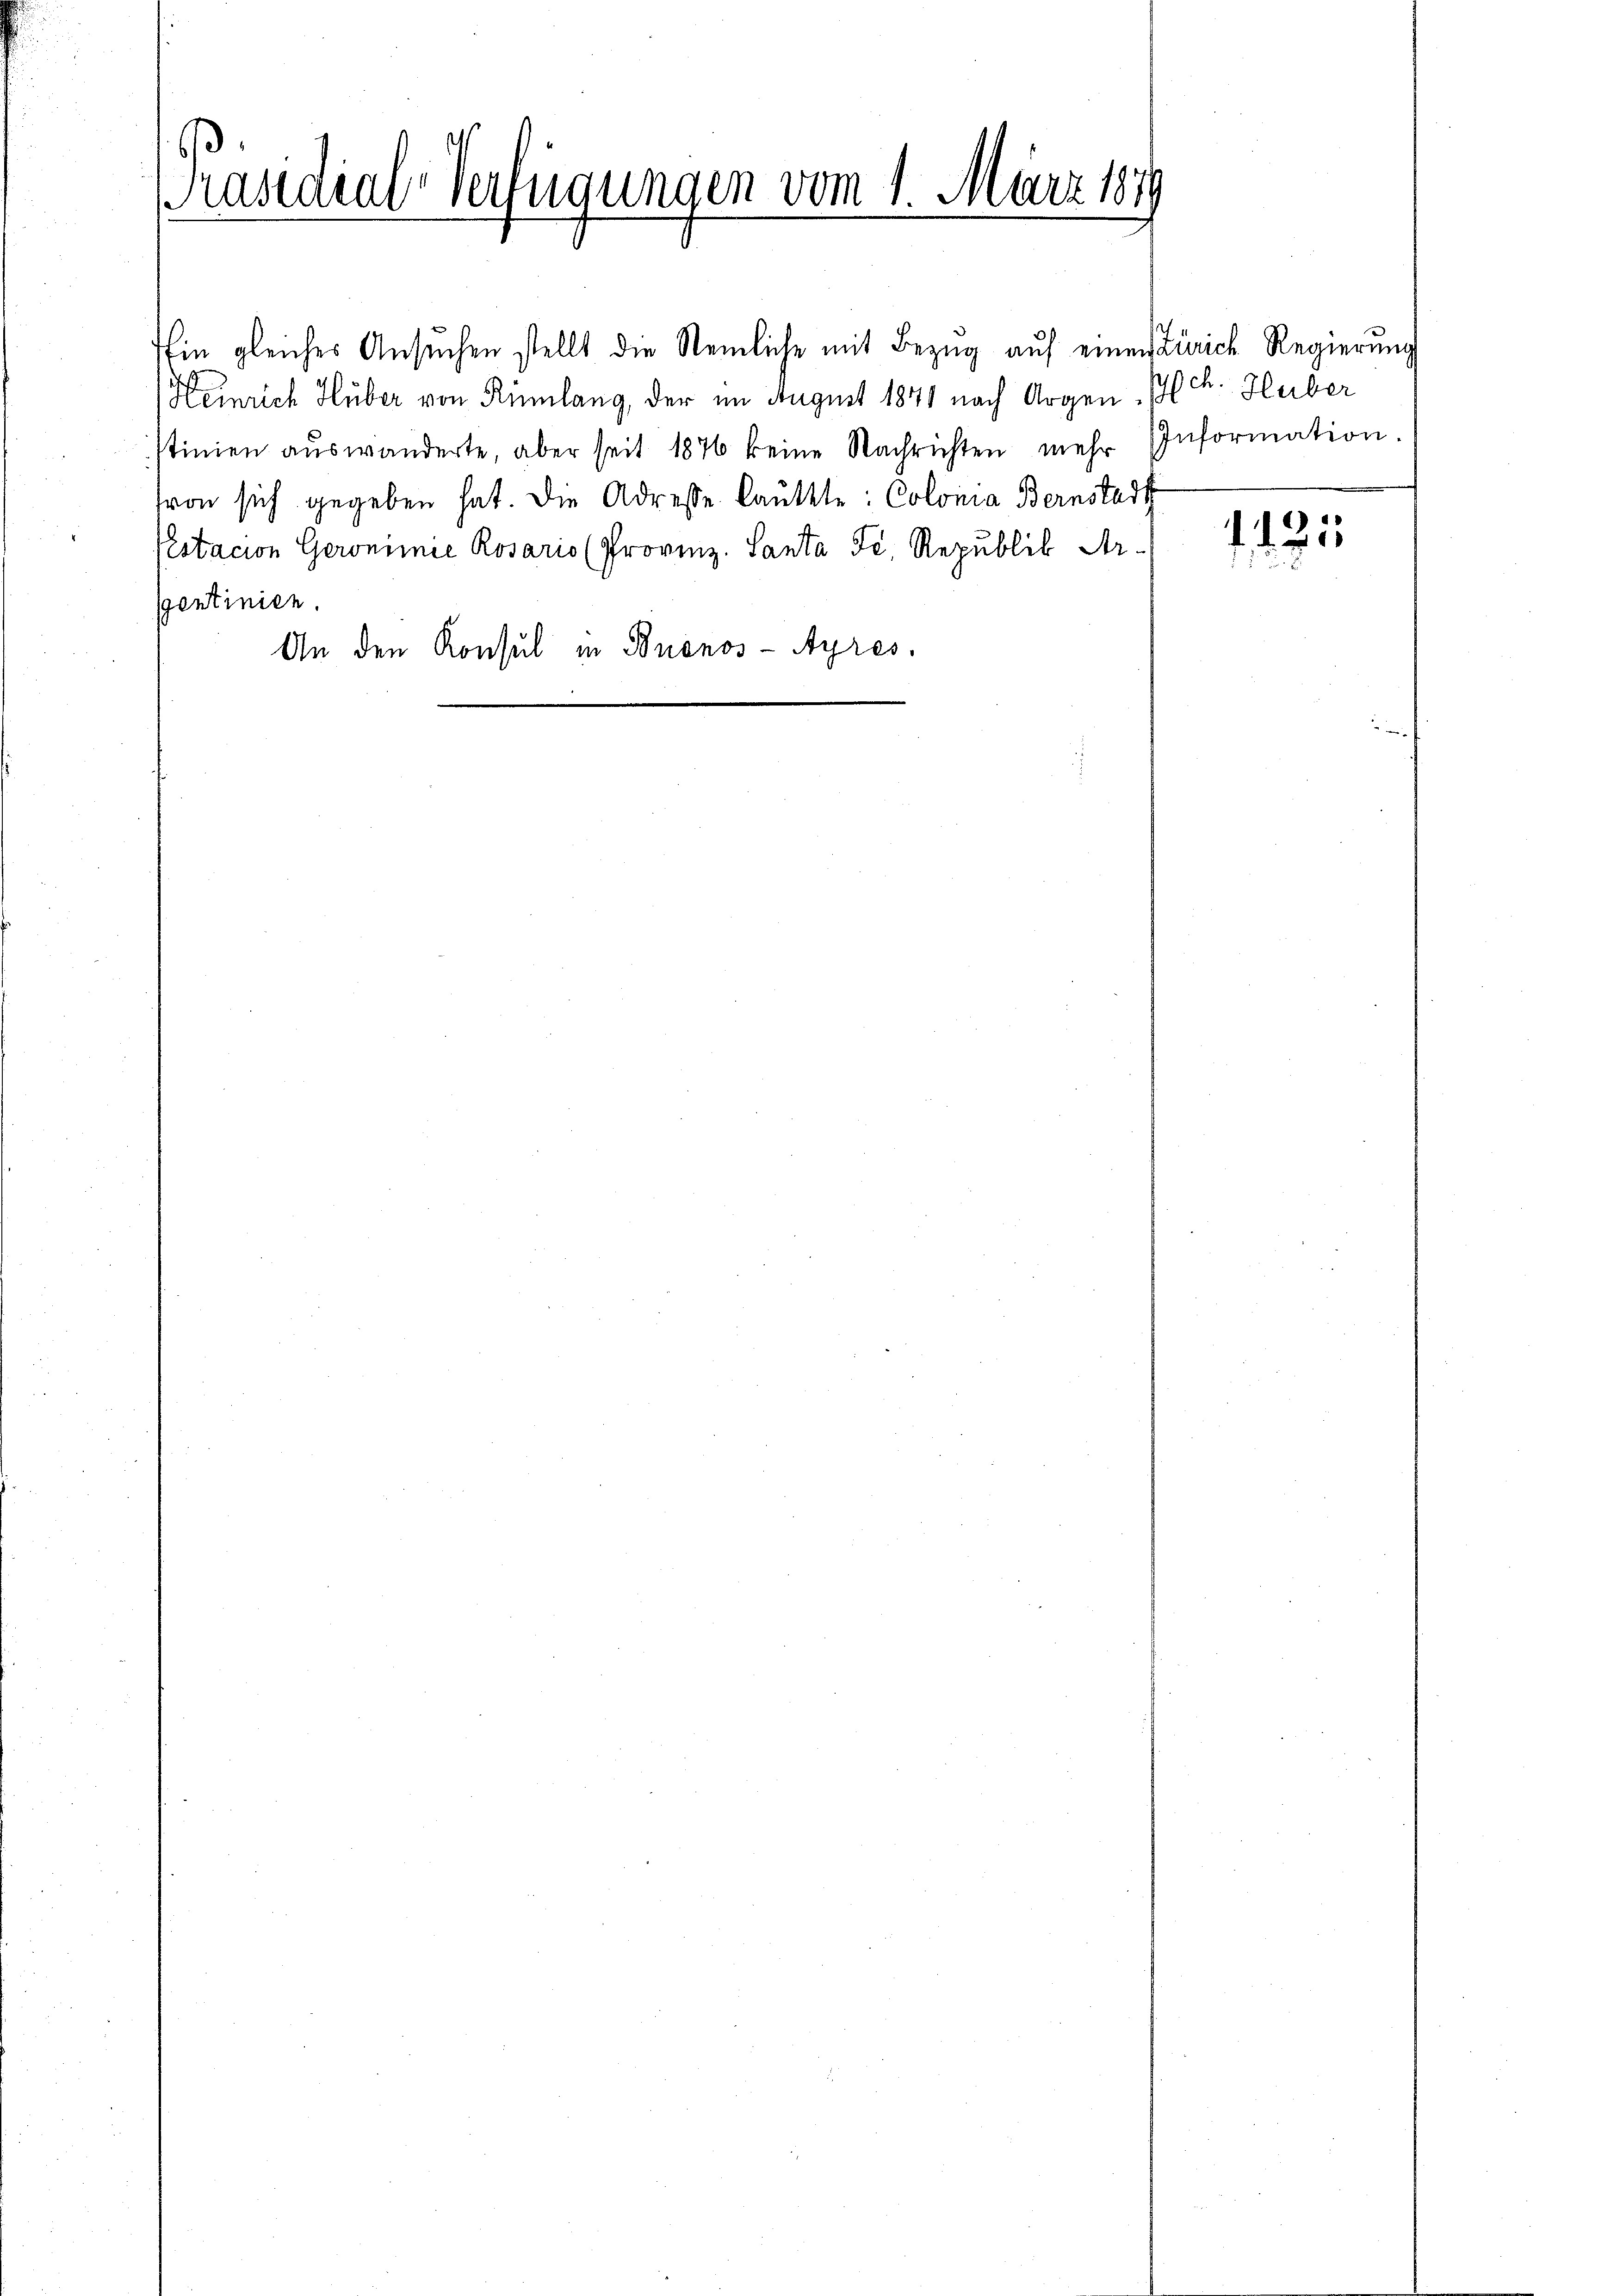
Präsidial-Verfügungen vom 1. März 1849

Ein gleiches Ansŭchen stellt die Nemliche mit Bezŭg aŭf einen Zürich Regierung
Heinrich Hüber von Rümlang, der im August 1871 nach Argen, PR. Huber
tinien aŭswanderte, aber seit 1876 keine Nachrichten mehr Information
svon sich gegeben hat. Die Adresse Cautete: Colonia Bernstadt
Pestacion Geronimie Rosario (Provinz. Santa Fi, Republik Ar-
gentinien.
An den Konsul in Buenos-Ayres.

1125